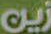
زين